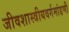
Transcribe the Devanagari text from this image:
जीवशास्त्रीयवर्गमांडणी